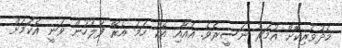
މެދުވެރިކޮށް އުމަރު ނަސީރެވެ. އެއާއި އެކު ހަމަ އެރޭ ފުލުހުން ވަނީ އެކަމަށް